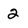
Character: 2